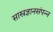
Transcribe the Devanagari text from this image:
सास्त्रज्ञानसंपन्न